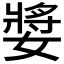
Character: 𭒝